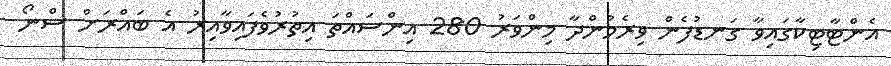
އެންޓާޓިކާގައިވާ ގަނޑުފެން ވިރެމުންދާ މިންވަރު 280 އިންސައްތަ އިތުރުވެފައިވާއިރު އެ ބައްރަށް ސްނޯ